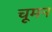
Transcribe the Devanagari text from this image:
चूमन